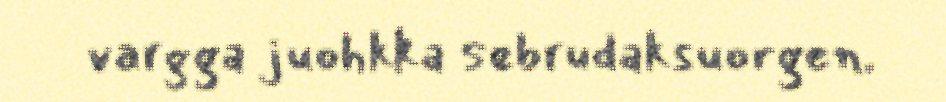
vargga juohkka sebrudaksuorgen.